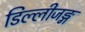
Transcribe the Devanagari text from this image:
डिल्लीजङ्ग